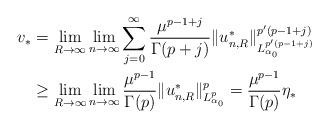
LaTeX: \begin{align*}v_*&=\lim_{R\to\infty}\lim_{n\to\infty}\sum_{j=0}^\infty\dfrac{\mu^{p-1+j}}{\Gamma(p+j)}\|u^*_{n,R}\|_{L_{\alpha_0}^{p'(p-1+j)}}^{p'(p-1+j)}\\&\geq\lim_{R\to\infty}\lim_{n\to\infty}\dfrac{\mu^{p-1}}{\Gamma(p)}\|u^*_{n,R}\|^p_{L^p_{\alpha_0}}=\dfrac{\mu^{p-1}}{\Gamma(p)}\eta_*\end{align*}